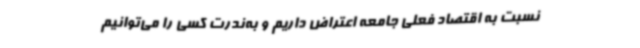
نسبت به اقتصاد فعلی جامعه اعتراض داریم و به‌ندرت کسی را می‌توانیم